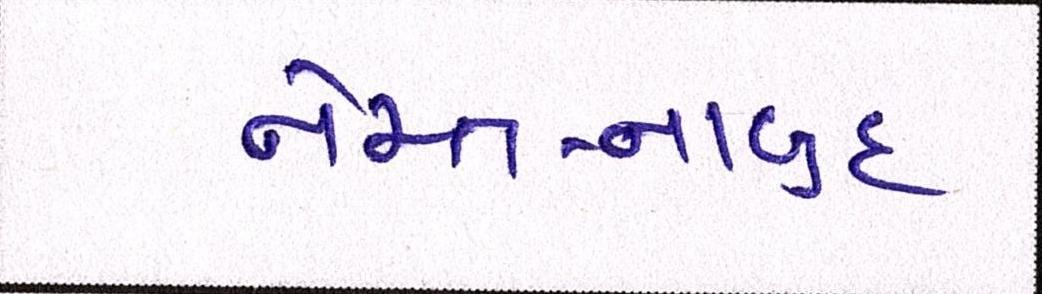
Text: નેસ્ત-નાબુદ